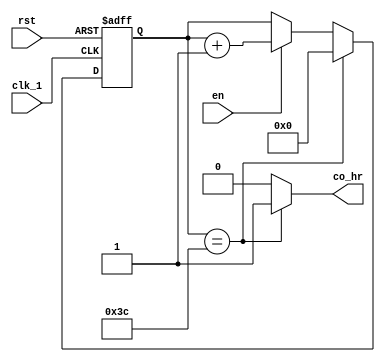
`timescale 1ns / 1ps
//////////////////////////////////////////////////////////////////////////////////
// Company: 
// Engineer: 
// 
// Design Name: 
// Module Name: upcounter_60min
// Project Name: 
// Target Devices: 
// Tool Versions: 
// Description: 
// 
// Dependencies: 
// 
// Revision:
// Revision 0.01 - File Created
// Additional Comments:
// 
//////////////////////////////////////////////////////////////////////////////////


module upcounter_60min(
    input clk_1,
    input rst,
    input en,
    output reg co_hr
    );
    reg [8:0] cnt;
    reg [8:0] cnt_tmp;
    
    always@( posedge clk_1 or posedge rst)
        if(rst)
            cnt <= 9'b0;
        else
            cnt <= cnt_tmp;
            
    always@*
        if( cnt == 60)
        begin
            cnt_tmp <= 9'd0;
            co_hr <= 1'b1;
        end
        else if(en)
        begin 
            cnt_tmp <= cnt + 1'b1;
            co_hr <= 1'b0;
        end
        else
        begin
            cnt_tmp <= cnt;
            co_hr <= 1'b0;    
        end
    
endmodule